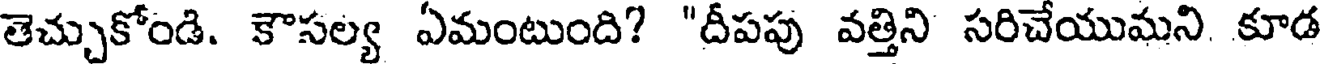
తెచ్చుకోండి. కౌసల్య ఏమంటుంది? "దీపపు వత్తిని సరిచేయుమని కూడ